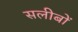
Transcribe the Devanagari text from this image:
सलीबों